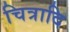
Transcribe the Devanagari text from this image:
चित्रादि